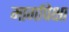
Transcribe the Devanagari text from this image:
मार्गापेक्षा